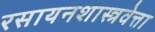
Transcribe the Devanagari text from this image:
रसायनशास्त्रवेत्ता